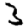
Digit: 3